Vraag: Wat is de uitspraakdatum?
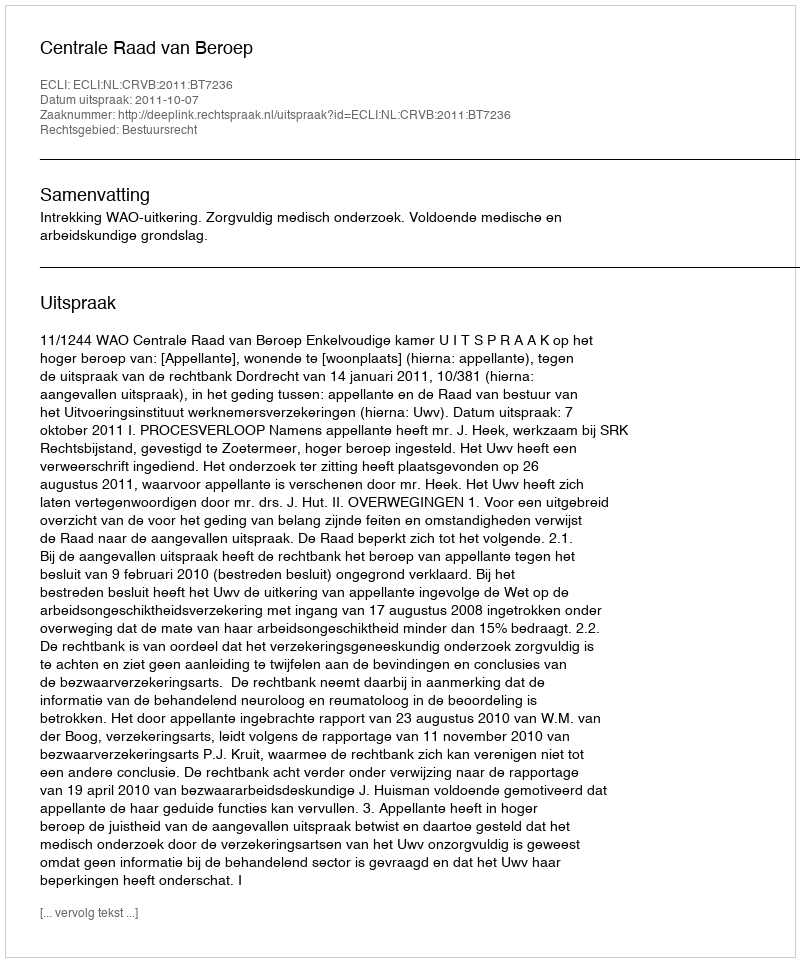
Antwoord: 2011-10-07